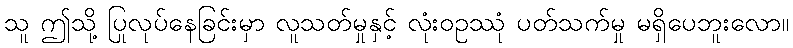
သူ ဤသို့ ပြုလုပ်နေခြင်းမှာ လူသတ်မှုနှင့် လုံးဝဥဿုံ ပတ်သက်မှု မရှိပေဘူးလော။